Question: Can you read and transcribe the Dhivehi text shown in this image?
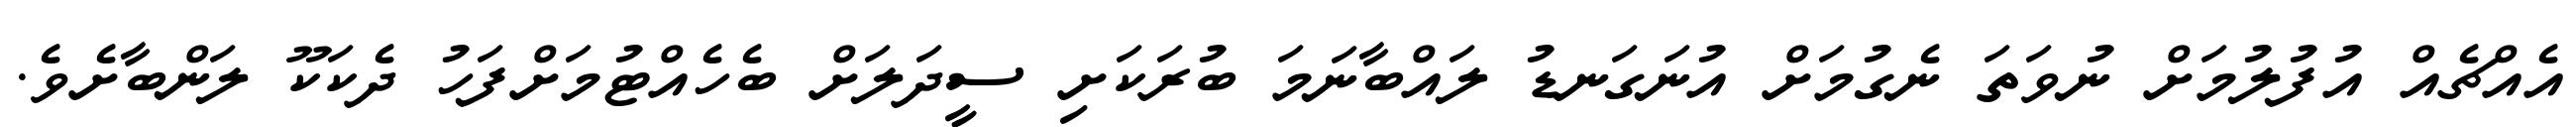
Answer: އެއްޗެއް އުފުލުމަށް ނުވަތަ ނެގުމަށް އުނަގަނޑު ލައްބާނަމަ ބުރަކަށި ސީދަލަށް ބެހެއްޓުމަށްފަހު ދެކަކޫ ލަންބާށެވެ.